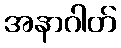
အနာဂါတ်